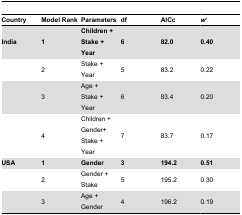
<table><thead><tr><td><b>Country</b></td><td><b>Model Rank</b></td><td><b>Parameters</b></td><td><b>df</b></td><td><b>AICc</b></td><td><b><i>w</i><sup><i>i</i></sup></b></td></tr></thead><tbody><tr><td><b>India</b></td><td><b>1</b></td><td><b>Children + Stake + Year</b></td><td><b>6</b></td><td><b>82.0</b></td><td><b>0.40</b></td></tr><tr><td></td><td>2</td><td>Stake + Year</td><td>5</td><td>83.2</td><td>0.22</td></tr><tr><td></td><td>3</td><td>Age + Stake + Year</td><td>6</td><td>83.4</td><td>0.20</td></tr><tr><td></td><td>4</td><td>Children + Gender+ Stake + Year</td><td>7</td><td>83.7</td><td>0.17</td></tr><tr><td><b>USA</b></td><td><b>1</b></td><td><b>Gender</b></td><td><b>3</b></td><td><b>194.2</b></td><td><b>0.51</b></td></tr><tr><td></td><td>2</td><td>Gender + Stake</td><td>5</td><td>195.2</td><td>0.30</td></tr><tr><td></td><td>3</td><td>Age + Gender</td><td>4</td><td>196.2</td><td>0.19</td></tr></tbody></table>